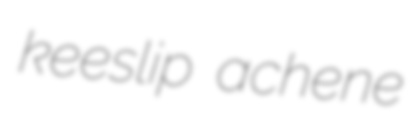
keeslip achene